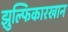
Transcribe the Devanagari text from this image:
झुल्फिकारखान